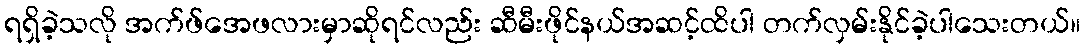
ရရှိခဲ့သလို အက်ဖ်အေဖလားမှာဆိုရင်လည်း ဆီမီးဖိုင်နယ်အဆင့်ထိပါ တက်လှမ်းနိုင်ခဲ့ပါသေးတယ်။